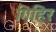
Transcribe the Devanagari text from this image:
गिहिर